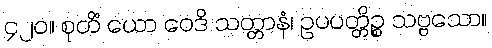
၄၂၀။ စုတိံ ယော ဝေဒိ သတ္တာနံ၊ ဥပပတ္တိဉ္စ သဗ္ဗသော။